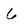
Character: 6